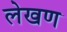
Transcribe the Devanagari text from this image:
लेखण